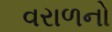
વરાળનો